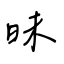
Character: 昧